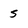
Character: 5